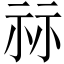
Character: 祘